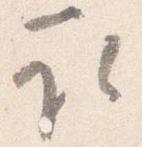
取